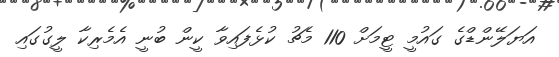
އަޔަލޭންޑްގެ ގައުމީ ޓީމަށް 110 މެޗު ކުޅެފައިވާ ކީން ބުނީ އެމެރިކާ ލީގުގައި